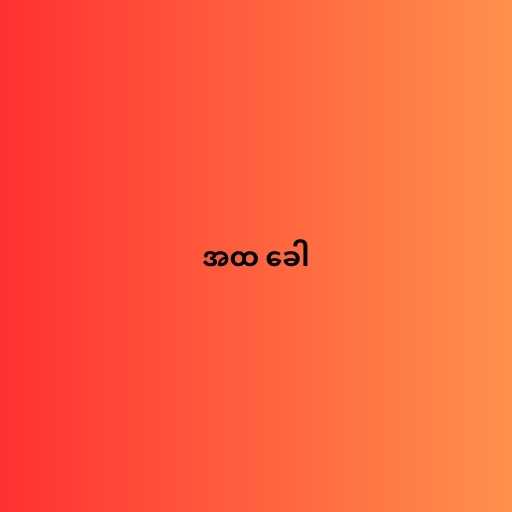
အထ ခေါ